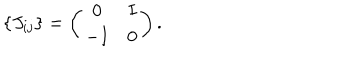
\{ J _ { i j } \} = \left( \begin{array} { c c } { { 0 } } & { { I } } \\ { { - I } } & { { 0 } } \\ \end{array} \right) .